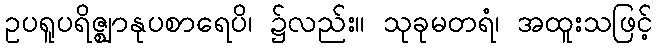
ဥပရူပရိဇ္ဈာနုပစာရေပိ၊ ၌လည်း။ သုခုမတရံ၊ အထူးသဖြင့်